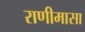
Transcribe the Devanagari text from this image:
राणीमासा